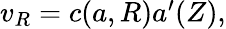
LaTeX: \begin{array}{r}{v_{R}=c({a},R){a}^{\prime}(Z),}\end{array}